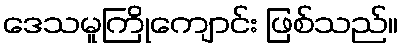
ဒေသမူကြိုကျောင်း ဖြစ်သည်။